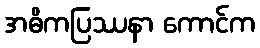
အဓိကပြဿနာ ကောင်က